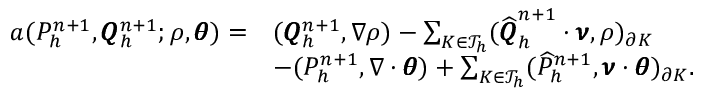
\begin{array} { r l } { a ( P _ { h } ^ { n + 1 } , \pmb { Q } _ { h } ^ { n + 1 } ; \rho , \pmb { \theta } ) = } & { ( \pmb { Q } _ { h } ^ { n + 1 } , \nabla \rho ) - \sum _ { K \in \mathcal { T } _ { h } } ( \widehat { \pmb { Q } } _ { h } ^ { n + 1 } \cdot \pmb { \nu } , \rho ) _ { \partial K } } \\ & { - ( P _ { h } ^ { n + 1 } , \nabla \cdot \pmb { \theta } ) + \sum _ { K \in \mathcal { T } _ { h } } ( \widehat { P } _ { h } ^ { n + 1 } , \pmb { \nu } \cdot \pmb { \theta } ) _ { \partial K } . } \end{array}